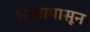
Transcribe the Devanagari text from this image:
भातापासून